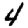
Digit: 4